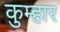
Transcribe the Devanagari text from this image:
कुम्‍हार